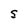
Character: S